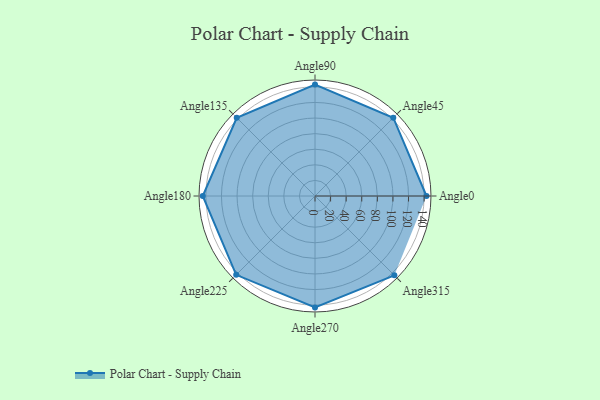
{"axis": {"x": "Angle", "y": "Radius"}, "legend": [""], "data": [{"x": "Angle0", "y": 143.0, "type": ""}, {"x": "Angle45", "y": 142.0, "type": ""}, {"x": "Angle90", "y": 143.0, "type": ""}, {"x": "Angle135", "y": 142.0, "type": ""}, {"x": "Angle180", "y": 144.0, "type": ""}, {"x": "Angle225", "y": 143.0, "type": ""}, {"x": "Angle270", "y": 143.0, "type": ""}, {"x": "Angle315", "y": 144.0, "type": ""}]}